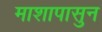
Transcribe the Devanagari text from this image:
माशापासुन